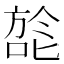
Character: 旕